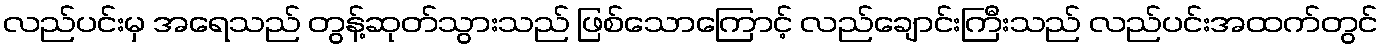
လည်ပင်းမှ အရေသည် တွန့်ဆုတ်သွားသည် ဖြစ်သောကြောင့် လည်ချောင်းကြီးသည် လည်ပင်းအထက်တွင်